Preliminary report on an investigation into the etiology of Oriental sore in Cambay - Number 50
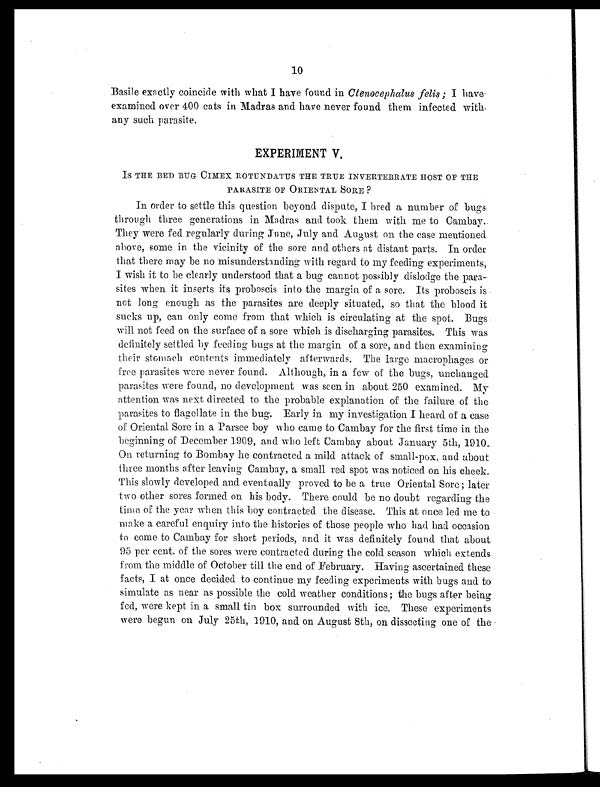
10
Basile exactly coincide with what I have found in Ctenocephalus felis; I have
examined over 400 cats in Madras and have never found them infected with
any such parasite.
EXPERIMENT V.
Is THE BED BUG CIMEX ROTUNDATUS THE TRUE INVERTEBRATE HOST OF THE
PARASITE OF ORIENTAL SORE ?
In order to settle this question beyond dispute, I bred a number of bugs
through three generations in Madras and took them with me to Cambay.
They were fed regularly during June, July and August on the case mentioned
above, some in the vicinity of the sore and others at distant parts. In order
that there may be no misunderstanding with regard to my feeding experiments,
I wish it to be clearly understood that a bug cannot possibly dislodge the para
- s i t e s w h e n i t i n s e r t s i t s p r o b o s c i s i n t o t h e m a r g i n o f a s o r e . I t s p r o b o s c i s i s
not long enough as the parasites are deeply situated, so that the blood it
sucks up, can only come from that which is circulating at the spot. Bugs
will not feed on the surface of a sore which is discharging parasites. This was
definitely settled by feeding bugs at the margin of a sore, and then examining
their stomach contents immediately afterwards. The large macrophages or
free parasites were never found. Although, in a few of the bugs, unchanged
parasites were found, no development was seen in about 250 examined. My
attention was next directed to the probable explanation of the failure of the
-parasites to flagellate in the bug. Early in my investigation I heard of a case
of Oriental Sore in a Parsee boy who came to Cambay for the first time in the
beginning of December 1909, and who left Cambay about January 5th, 1910.
On returning to Bombay he contracted a mild attack of small-pox, and about
three months after leaving Cambay, a small red spot was noticed on his cheek.
This slowly developed and eventually proved to be a true Oriental Sore; later
two other sores formed on his body. There could be no doubt regarding the
time of the year when this boy contracted the disease. This at once led me to
make a careful enquiry into the histories of those people who had had occasion
to come to Cambay for short periods, and it was definitely found that about
95 per cent. of the sores were contracted during the cold season which extends
from the middle of October till the end of February. Having ascertained these
facts, I at once decided to continue my feeding experiments with bugs and to
simulate as near as possible the cold weather conditions; the bugs after being
fed, were kept in a small tin box surrounded with ice. These experiments
were begun on July 25th, 1910, and on August 8th, on dissecting one of the